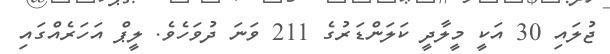
ޖުލައި 30 އަކީ މީލާދީ ކަލަންޑަރުގެ 211 ވަނަ ދުވަހެވެ. ލީޕް އަހަރެއްގައި